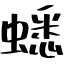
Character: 蟋